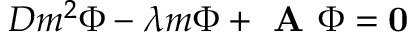
D m ^ { 2 } \Phi - \lambda m \Phi + \textbf { A } \Phi = \bf { 0 }